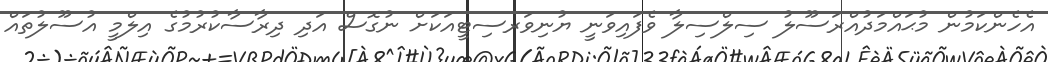
އެހެންކަމުން މުޙައްމަދުއްރަސޫލު ސިލްސިލާ ވެފައިވަނީ ޔުނިވަރސިޓީއަކަށް ނުގޮސް އަދި ދިރާސާކުރުމުގެ އިލްމީ އުސޫލުތައް